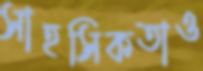
সাহসিকতাও